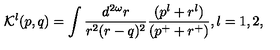
{ \cal K } ^ { l } ( p , q ) = \int \frac { d ^ { 2 \omega } r } { r ^ { 2 } ( r - q ) ^ { 2 } } \frac { ( p ^ { l } + r ^ { l } ) } { ( p ^ { + } + r ^ { + } ) } , l = 1 , 2 ,